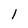
Character: 1